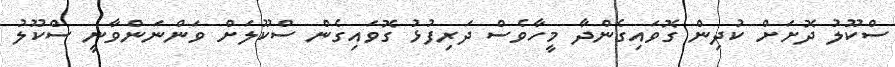
ސްކޫލު ދޮށަށް ކުދިން ގޮވައިގެންދާ މީހާވެސް ދަރިފުޅު ގޮވައިގެން ސްކޫލަށް ވަންނަންވާނީ ސްކޫލު